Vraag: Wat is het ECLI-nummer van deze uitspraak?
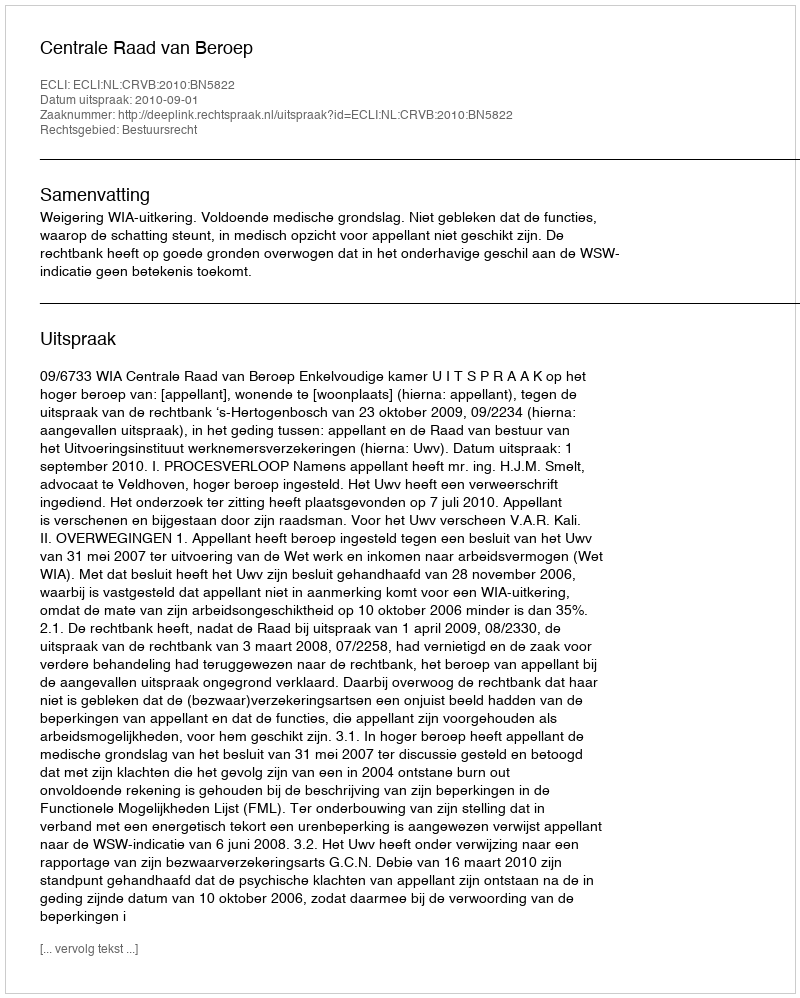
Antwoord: ECLI:NL:CRVB:2010:BN5822